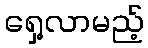
ရှေ့လာမည့်